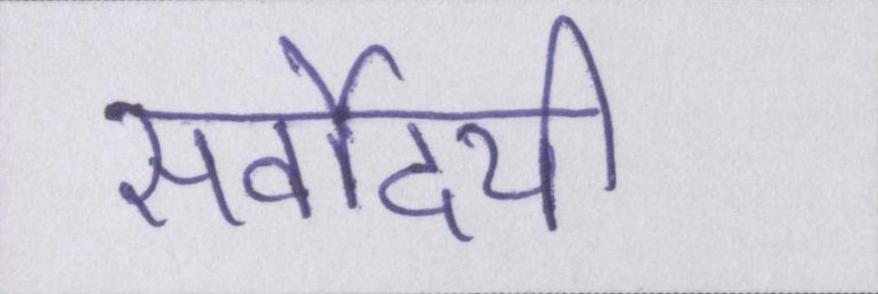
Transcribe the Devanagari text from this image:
सर्वोदयी